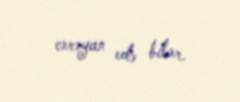
cərəyan edə bilər.